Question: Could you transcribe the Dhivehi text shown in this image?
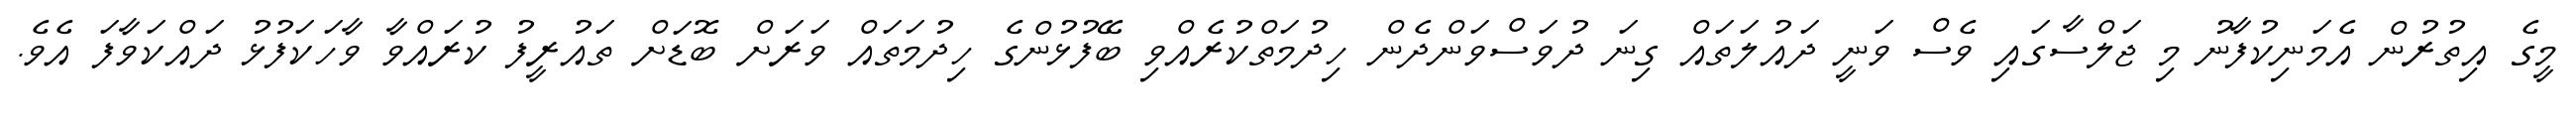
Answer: މީގެ އިތުރުން އެމަނިކުފާނު މި ޖަލްސާގައި ވެސް ވަނީ ދައުލަތައް ގިނަ ދުވަސްވަންދެން ހިދުމަތްކުރެއްވި ބޭފުޅުންގެ ހިދުމަތައް ވަރަށް ބޮޑަށް ތައުރީފު ކުރައްވާ ވާހަކަފުޅު ދައްކަވާފަ އެވެ.